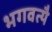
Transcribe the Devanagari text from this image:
भगवत्यै